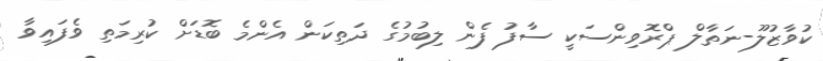
ކުވާޒުލޫ-ނަތާލް ޕްރޮވިންސަކީ ސާފު ފެން ލިބުމުގެ ދަތިކަން އެންމެ ބޮޑަށް ކުރިމަތި ވެފައިވާ